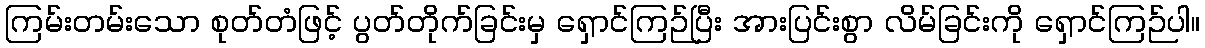
ကြမ်းတမ်းသော စုတ်တံဖြင့် ပွတ်တိုက်ခြင်းမှ ရှောင်ကြဉ်ပြီး အားပြင်းစွာ လိမ်ခြင်းကို ရှောင်ကြဉ်ပါ။